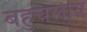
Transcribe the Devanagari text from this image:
बहुचलीय